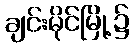
ချင်းမိုင်မြို့၌